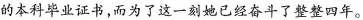
的本科毕业证书，而为了这一刻她已经奋斗了整整四年。